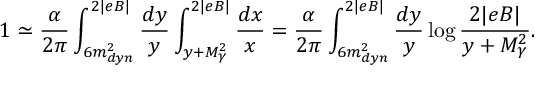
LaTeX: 1 \simeq \frac { \alpha } { 2 \pi } \int _ { 6 m _ { d y n } ^ { 2 } } ^ { 2 | e B | } \frac { d y } { y } \int _ { y + M _ { \gamma } ^ { 2 } } ^ { 2 | e B | } \frac { d x } { x } = \frac { \alpha } { 2 \pi } \int _ { 6 m _ { d y n } ^ { 2 } } ^ { 2 | e B | } \frac { d y } { y } \log \frac { 2 | e B | } { y + M _ { \gamma } ^ { 2 } } .